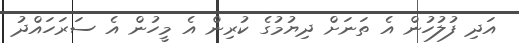
އަދި ފުލުހުން އެ ތަނަށް ދިޔުމުގެ ކުރިން އެ މީހުން އެ ސަރަހައްދު